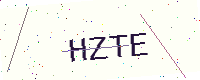
Text: HZTE